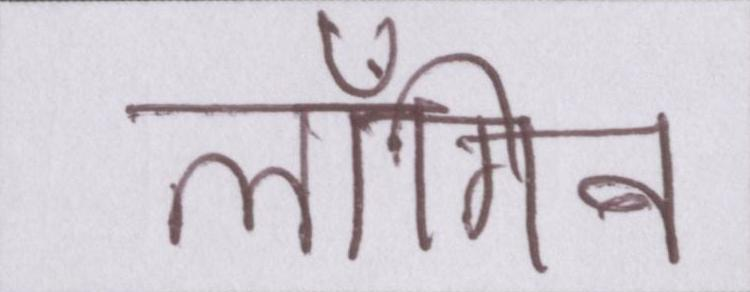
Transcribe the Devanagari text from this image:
लॉगिन